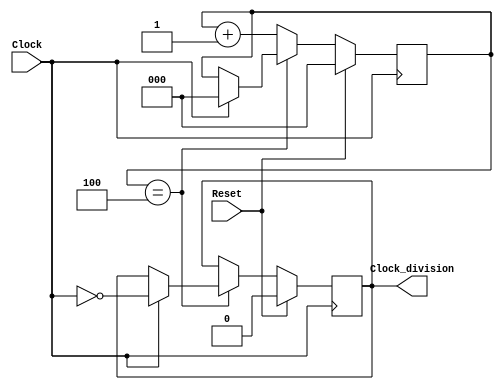
`timescale 1ns / 1ps
//////////////////////////////////////////////////////////////////////////////////
module Frequency_division(Clock,Reset,Clock_division);
	input Clock,Reset;
	output Clock_division;
	reg [2:0] counter;
	reg result_one_zero;
	
	initial begin
		counter=0;
	end
	
	always@(posedge Clock)begin
		if(!Reset)begin
			if(counter==4)begin
				if(Clock)begin
					result_one_zero<=Clock;
					#10;
					result_one_zero<=~Clock;
					counter<=0;
				end 
				//else begin
				//	result_one_zero<=0;
				//end
			end
			else begin
				counter<=counter+1;
			end
		end
		else begin
			counter<=0;
			result_one_zero<=0;
		end
	end
	
	assign Clock_division=result_one_zero;
	
endmodule